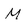
Character: M